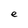
Character: e